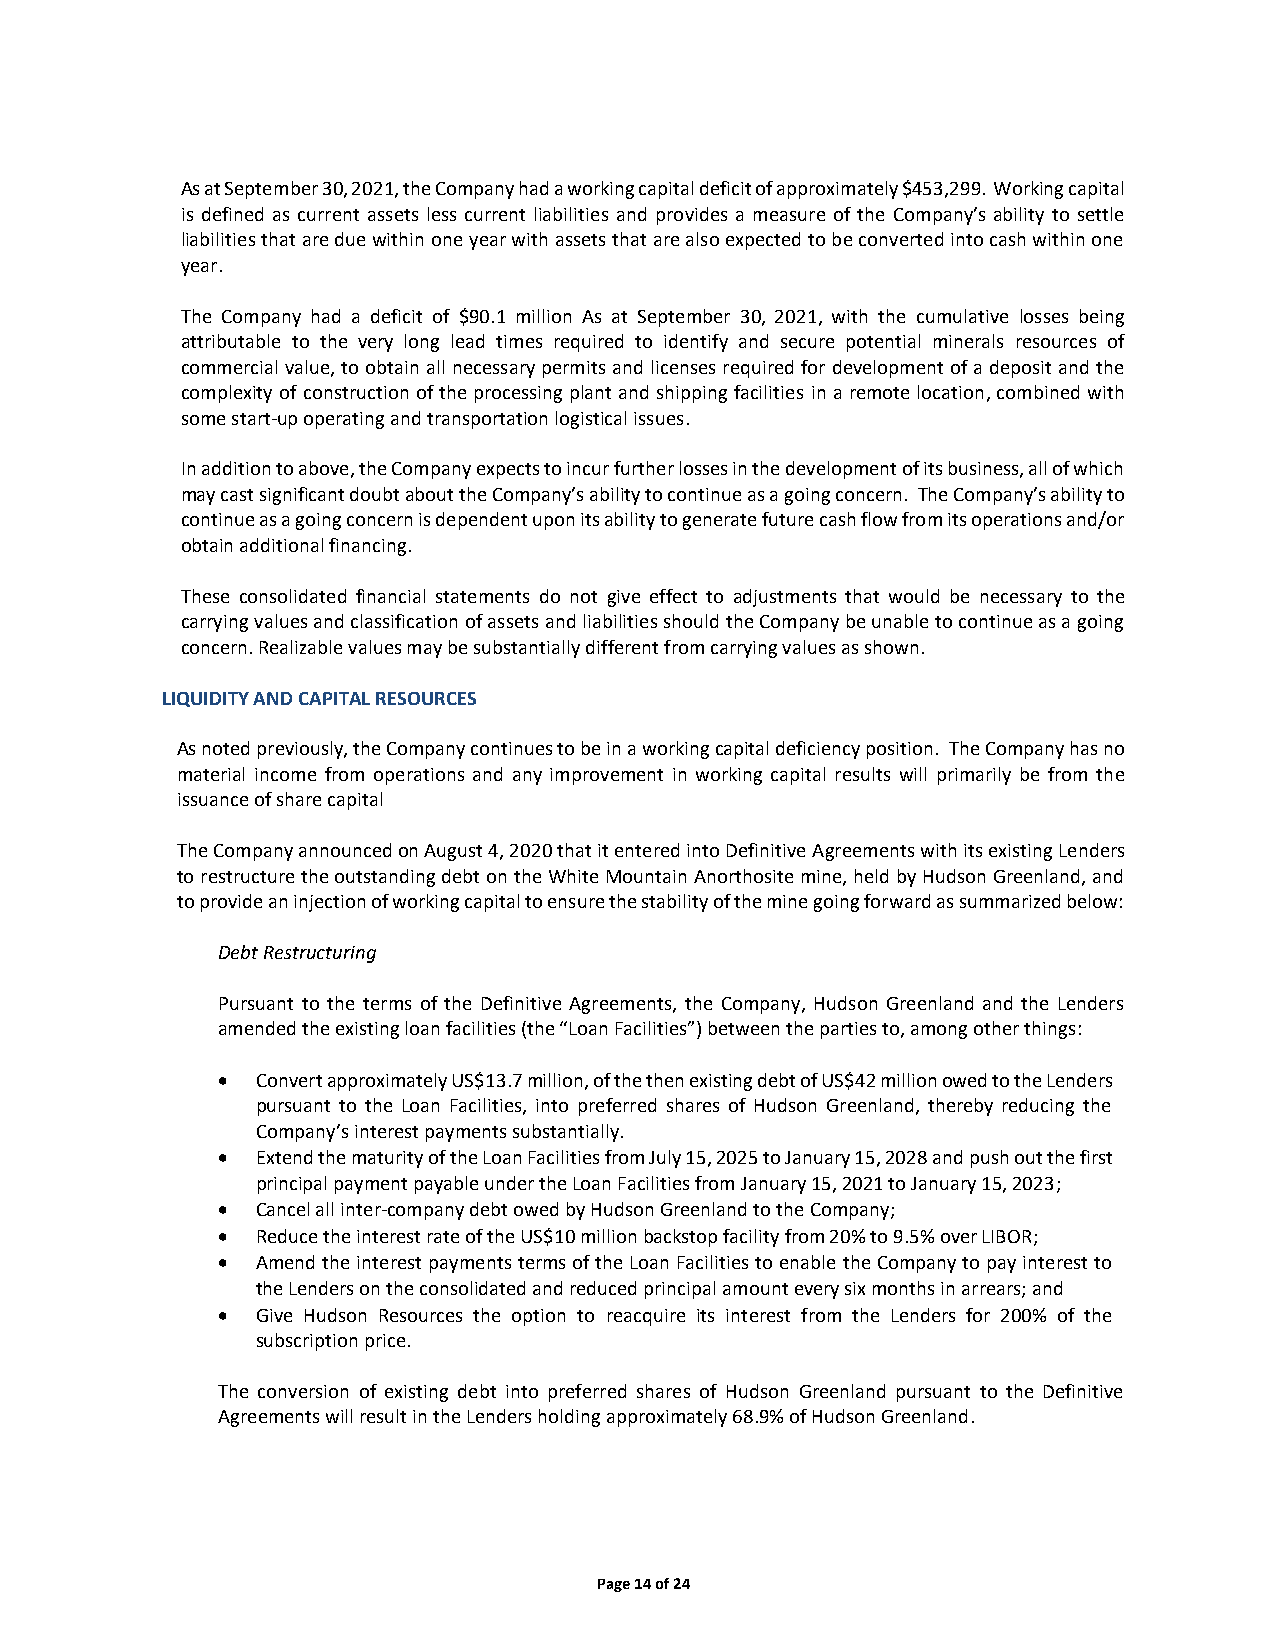
As at September 30, 2021, the Company had a working capital deficit of approximately $453,299. Working capital
 is defined as current assets less current liabilities and provides a measure of the Company’s ability to settle
 liabilities that are due within one year with assets that are also expected to be converted into cash within one
 year.
 The Company had a deficit of $90.1 million As at September 30, 2021, with the cumulative losses being
 attributable to the very long lead times required to identify and secure potential minerals resources of
 commercial value, to obtain all necessary permits and licenses required for development of a deposit and the
 complexity of construction of the processing plant and shipping facilities in a remote location, combined with
 some start-up operating and transportation logistical issues.
 In addition to above, the Company expects to incur further losses in the development of its business, all of which
 may cast significant doubt about the Company’s ability to continue as a going concern. The Company’s ability to
 continue as a going concern is dependent upon its ability to generate future cash flow from its operations and/or
 obtain additional financing.
 These consolidated financial statements do not give effect to adjustments that would be necessary to the
 carrying values and classification of assets and liabilities should the Company be unable to continue as a going
 concern. Realizable values may be substantially different from carrying values as shown.
 LIQUIDITY AND CAPITAL RESOURCES
 As noted previously, the Company continues to be in a working capital deficiency position. The Company has no
 material income from operations and any improvement in working capital results will primarily be from the
 issuance of share capital
 The Company announced on August 4, 2020 that it entered into Definitive Agreements with its existing Lenders
 to restructure the outstanding debt on the White Mountain Anorthosite mine, held by Hudson Greenland, and
 to provide an injection of working capital to ensure the stability of the mine going forward as summarized below:
 Debt Restructuring
 Pursuant to the terms of the Definitive Agreements, the Company, Hudson Greenland and the Lenders
 amended the existing loan facilities (the “Loan Facilities”) between the parties to, among other things:
 •  Convert approximately US$13.7 million, of the then existing debt of US$42 million owed to the Lenders
 pursuant to the Loan Facilities, into preferred shares of Hudson Greenland, thereby reducing the
 Company’s interest payments substantially.
 •  Extend the maturity of the Loan Facilities from July 15, 2025 to January 15, 2028 and push out the first
 principal payment payable under the Loan Facilities from January 15, 2021 to January 15, 2023;
 •  Cancel all inter-company debt owed by Hudson Greenland to the Company;
 •  Reduce the interest rate of the US$10 million backstop facility from 20% to 9.5% over LIBOR;
 •  Amend the interest payments terms of the Loan Facilities to enable the Company to pay interest to
 the Lenders on the consolidated and reduced principal amount every six months in arrears; and
 •  Give Hudson Resources the option to reacquire its interest from the Lenders for 200% of the
 subscription price.
 The conversion of existing debt into preferred shares of Hudson Greenland pursuant to the Definitive
 Agreements will result in the Lenders holding approximately 68.9% of Hudson Greenland.
 Page 14 of 24